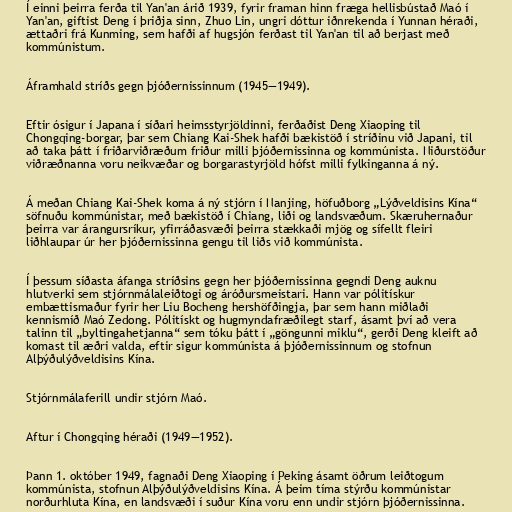
Í einni þeirra ferða til Yan'an árið 1939, fyrir framan hinn fræga hellisbústað Maó í
Yan'an, giftist Deng í þriðja sinn, Zhuo Lin, ungri dóttur iðnrekenda í Yunnan héraði,
ættaðri frá Kunming, sem hafði af hugsjón ferðast til Yan'an til að berjast með
kommúnistum.

Áframhald stríðs gegn þjóðernissinnum (1945―1949).

Eftir ósigur í Japana í síðari heimsstyrjöldinni, ferðaðist Deng Xiaoping til
Chongqing-borgar, þar sem Chiang Kai-Shek hafði bækistöð í stríðinu við Japani, til
að taka þátt í friðarviðræðum friður milli þjóðernissinna og kommúnista. Niðurstöður
viðræðnanna voru neikvæðar og borgarastyrjöld hófst milli fylkinganna á ný.

Á meðan Chiang Kai-Shek koma á ný stjórn í Nanjing, höfuðborg „Lýðveldisins Kína“
söfnuðu kommúnistar, með bækistöð í Chiang, liði og landsvæðum. Skæruhernaður
þeirra var árangursríkur, yfirráðasvæði þeirra stækkaði mjög og sífellt fleiri
liðhlaupar úr her þjóðernissinna gengu til liðs við kommúnista.

Í þessum síðasta áfanga stríðsins gegn her þjóðernissinna gegndi Deng auknu
hlutverki sem stjórnmálaleiðtogi og áróðursmeistari. Hann var pólitískur
embættismaður fyrir her Liu Bocheng hershöfðingja, þar sem hann miðlaði
kennismíð Maó Zedong. Pólitískt og hugmyndafræðilegt starf, ásamt því að vera
talinn til „byltingahetjanna“ sem tóku þátt í „göngunni miklu“, gerði Deng kleift að
komast til æðri valda, eftir sigur kommúnista á þjóðernissinnum og stofnun
Alþýðulýðveldisins Kína.

Stjórnmálaferill undir stjórn Maó.

Aftur í Chongqing héraði (1949―1952).

Þann 1. október 1949, fagnaði Deng Xiaoping í Peking ásamt öðrum leiðtogum
kommúnista, stofnun Alþýðulýðveldisins Kína. Á þeim tíma stýrðu kommúnistar
norðurhluta Kína, en landsvæði í suður Kína voru enn undir stjórn þjóðernissinna.